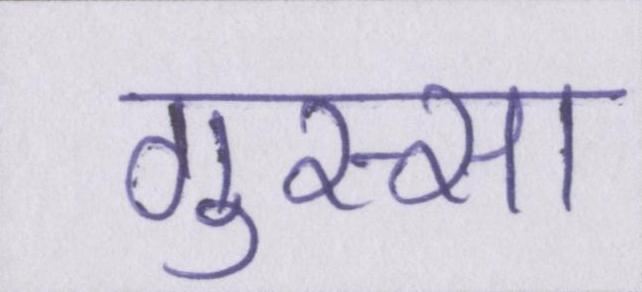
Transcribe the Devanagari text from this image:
गुस्सा